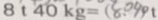
8 1 4 0 k g = ( 8 . 0 9 0 ) t